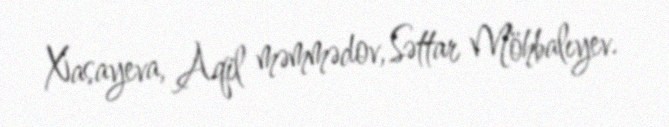
Xasayeva, Aqil məmmədov, Səttar Möhbalıyev.